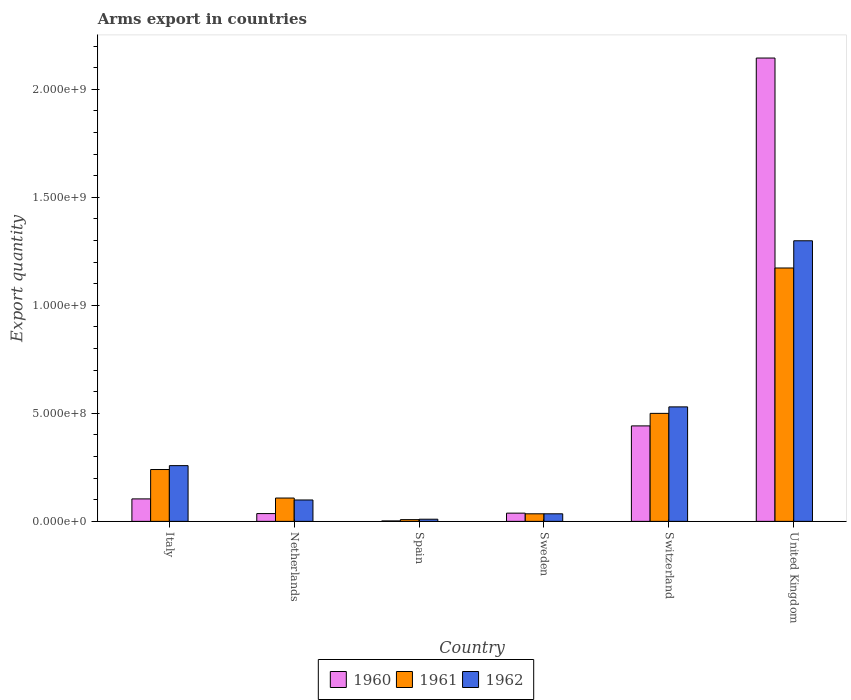
| Country | 1960 | 1961 | 1962 |
 | --- | --- | --- | --- |
 | Italy | 1.04e+08 | 2.4e+08 | 2.58e+08 |
 | Netherlands | 3.6e+07 | 1.08e+08 | 9.9e+07 |
 | Spain | 2e+06 | 8e+06 | 1e+07 |
 | Sweden | 3.8e+07 | 3.5e+07 | 3.5e+07 |
 | Switzerland | 4.42e+08 | 5e+08 | 5.3e+08 |
 | United Kingdom | 2.14e+09 | 1.17e+09 | 1.3e+09 |